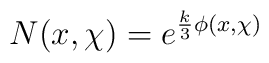
N(x,\chi)= e^{{k\over 3}\phi(x,\chi)}